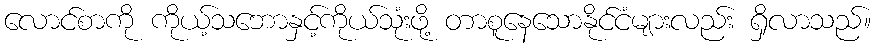
လောင်စာကို ကိုယ့်သဘောနှင့်ကိုယ်သုံးဖို့ တာစူနေသောနိုင်ငံများလည်း ရှိလာသည်။